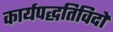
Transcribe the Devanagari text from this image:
कार्यपद्धतिविदों